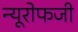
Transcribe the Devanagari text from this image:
न्यूरोफजी